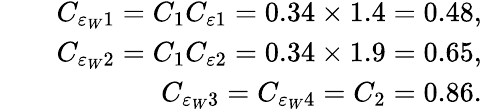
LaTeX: \begin{array}{rlr}&{}&{C_{\varepsilon_{W}1}=C_{1}C_{\varepsilon 1}=0.34\times 1.4=0.48,}\\ &{}&{C_{\varepsilon_{W}2}=C_{1}C_{\varepsilon 2}=0.34\times 1.9=0.65,}\\ &{}&{C_{\varepsilon_{W}3}=C_{\varepsilon_{W}4}=C_{2}=0.86.}\end{array}